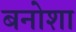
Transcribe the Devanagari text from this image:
बनोशा